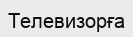
Телевизорға